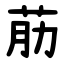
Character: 荕